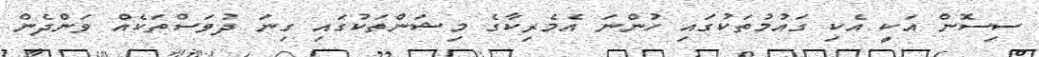
ސިސޮން އަކީ އެކި ގައުމުތަކުގައި ހުންނަ އެމެރިކާގެ މިޝަންތަކުގައި ގިނަ ދުވަސްތަކެއް ވަންދެން